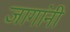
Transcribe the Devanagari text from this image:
जागांनी